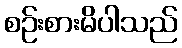
စဉ်းစားမိပါသည်